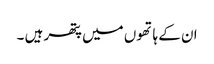
ان کے ہاتھوں میں پتھر ہیں ۔